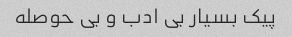
پیک بسیار بی ادب و بی حوصله